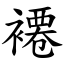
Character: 褼